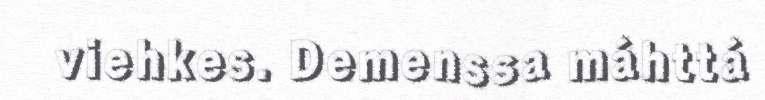
viehkes. Demenssa máhttá